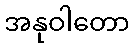
အနုဝါတော